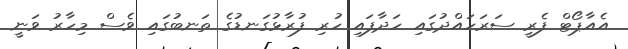
އެއާޕޯޓް ފެރީ ސަރަހައްދުގައި ހަދާފައި ހުރި ފުރާޅުގަނޑުގެ ތަނބުގައި ވެސް މިހާރު ވަނީ